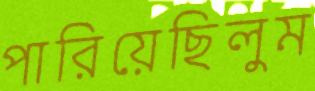
পারিয়েছিলুম